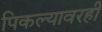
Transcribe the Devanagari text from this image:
पिकल्यावरही